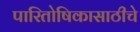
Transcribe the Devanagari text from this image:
पारितोषिकासाठीचे